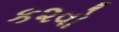
ક૨વો